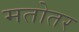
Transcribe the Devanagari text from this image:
मतोतर